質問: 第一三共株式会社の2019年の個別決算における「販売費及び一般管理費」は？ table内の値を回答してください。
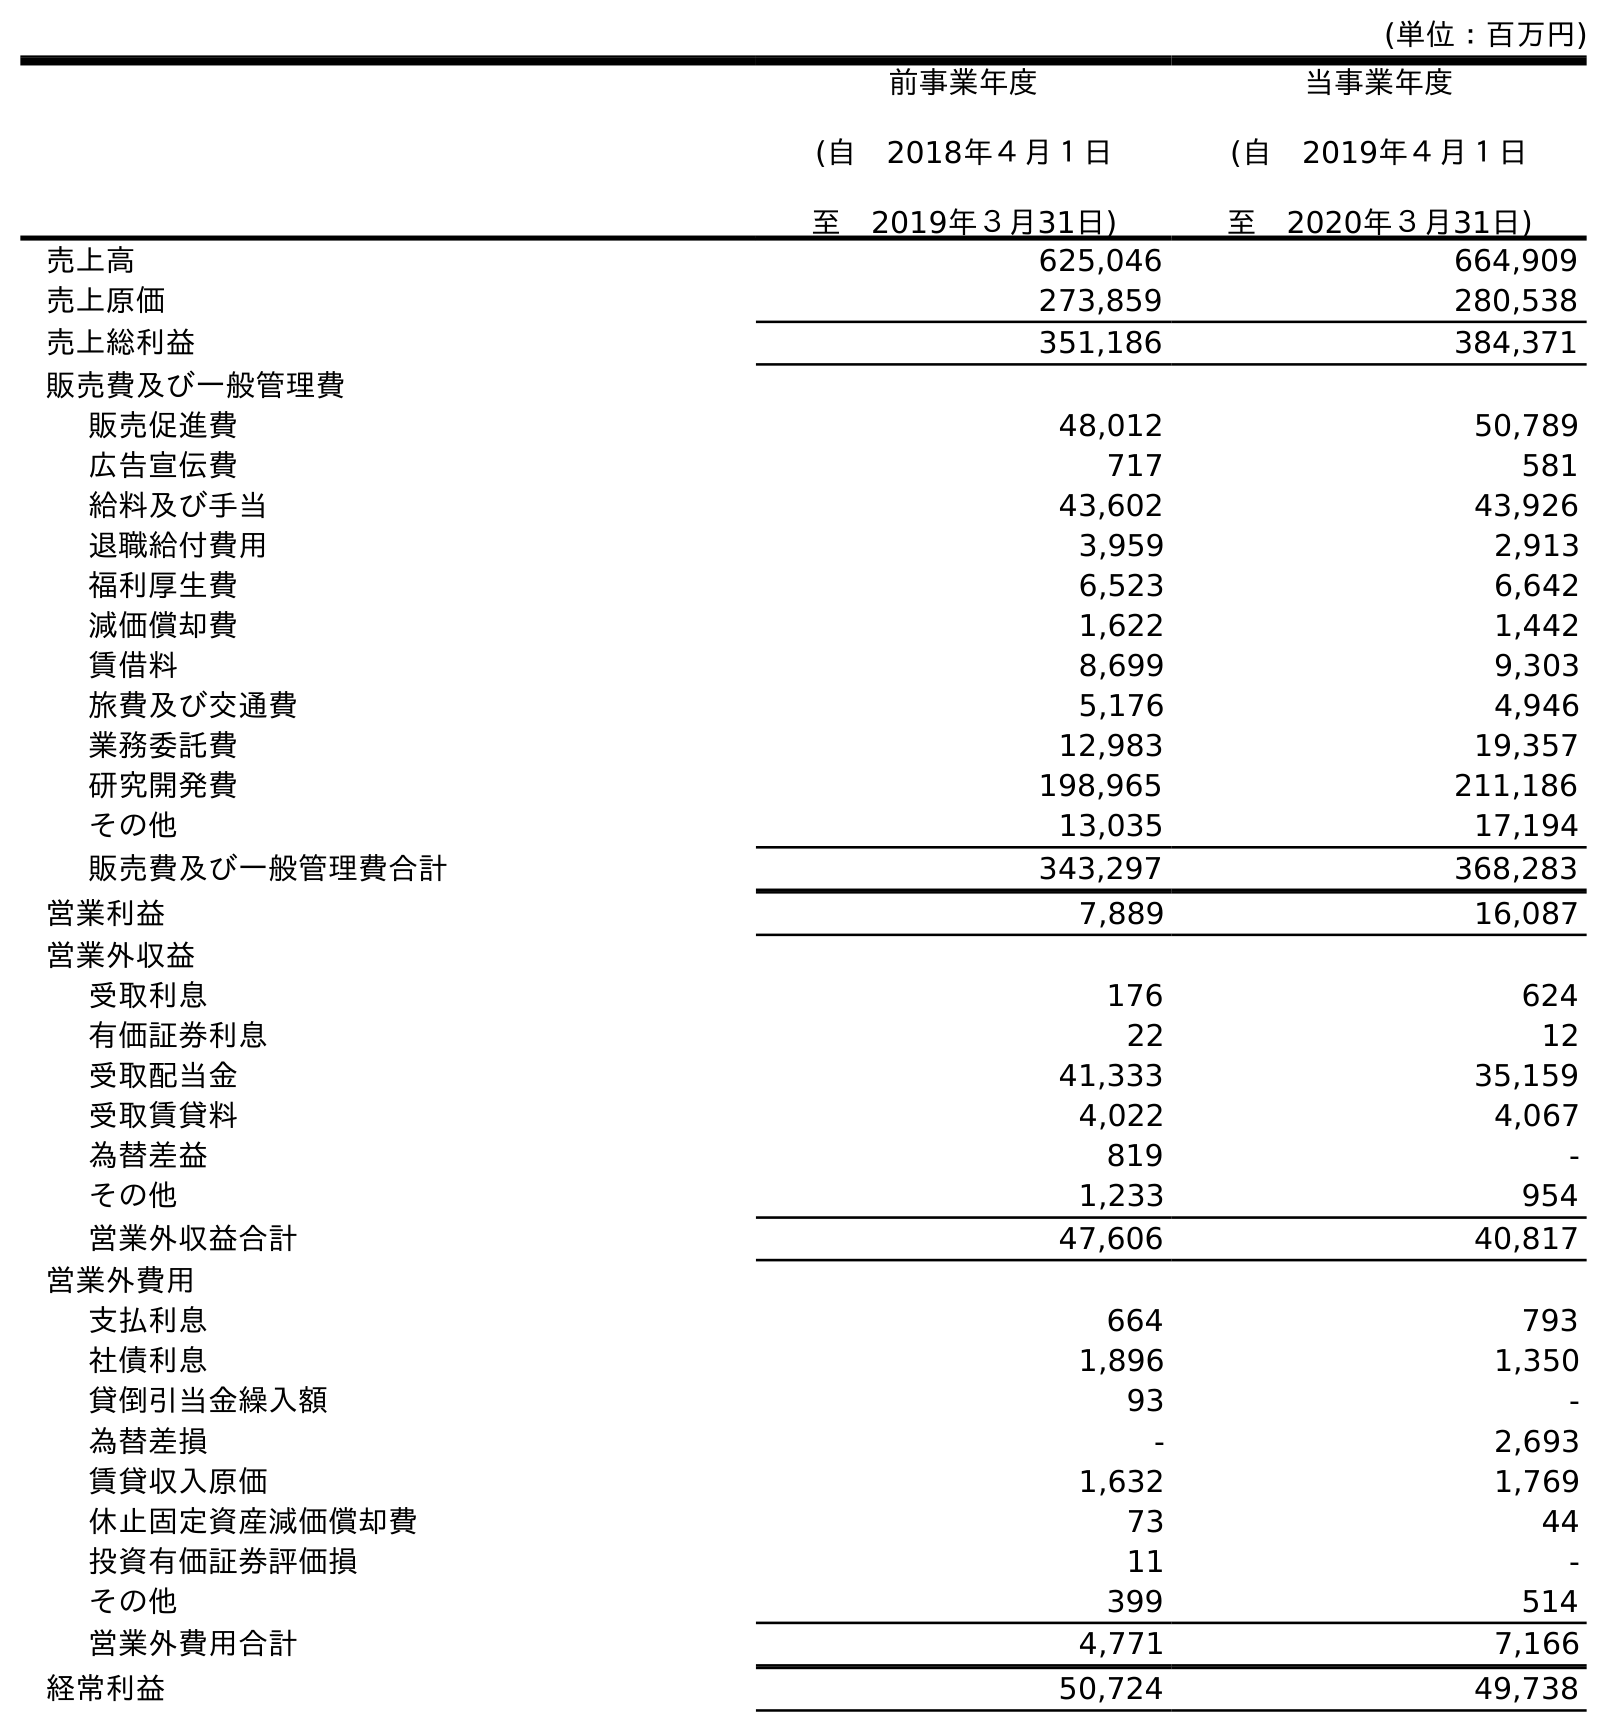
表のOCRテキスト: (単位：百万円) 前事業年度 (自 2018年４月１日 至 2019年３月31日) 当事業年度 (自 2019年４月１日 至 2020年３月31日) 売上高 625,046 664,909 売上原価 273,859 280,538 売上総利益 351,186 384,371 販売費及び一般管理費 販売促進費 48,012 50,789 広告宣伝費 717 581 給料及び手当 43,602 43,926 退職給付費用 3,959 2,913 福利厚生費 6,523 6,642 減価償却費 1,622 1,442 賃借料 8,699 9,303 旅費及び交通費 5,176 4,946 業務委託費 12,983 19,357 研究開発費 198,965 211,186 その他 13,035 17,194 販売費及び一般管理費合計 343,297 368,283 営業利益 7,889 16,087 営業外収益 受取利息 176 624 有価証券利息 22 12 受取配当金 41,333 35,159 受取賃貸料 4,022 4,067 為替差益 819 - その他 1,233 954 営業外収益合計 47,606 40,817 営業外費用 支払利息 664 793 社債利息 1,896 1,350 貸倒引当金繰入額 93 - 為替差損 - 2,693 賃貸収入原価 1,632 1,769 休止固定資産減価償却費 73 44 投資有価証券評価損 11 - その他 399 514 営業外費用合計 4,771 7,166 経常利益 50,724 49,738
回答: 343,297